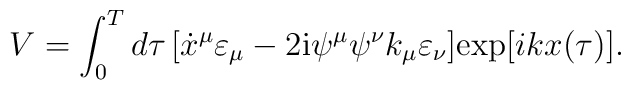
V=\int_0^T d\tau\,\bigl[\dot x^{\mu}\varepsilon_{\mu}-2{\rm i}\psi^{\mu}\psi^{\nu}k_{\mu}\varepsilon_{\nu}\bigr]{\rm exp}[ikx({\tau})].